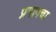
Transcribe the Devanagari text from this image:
प्रगागचा